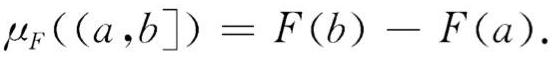
$\mu_F((a,b]) = F(b) - F(a).$